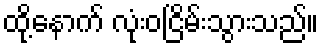
ထို့နောက် လုံးဝငြိမ်းသွားသည်။